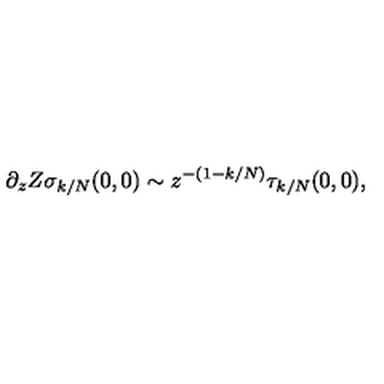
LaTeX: \partial _ { z } Z \sigma _ { k / N } ( 0 , 0 ) \sim z ^ { - ( 1 - k / N ) } \tau _ { k / N } ( 0 , 0 ) ,